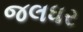
જલધર